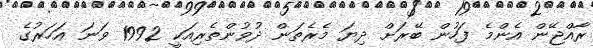
ރާއްޖޭން އެންމެ ފަހުން ބޭރަށް ދިޔަ މެރެތަން ދުވުންތެރިއަކީ 1992 ވަނަ އަހަރުގެ